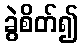
ခွဲစိတ်၍